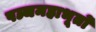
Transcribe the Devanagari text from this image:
पञ्चमहाभूतों